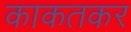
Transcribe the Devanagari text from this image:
काकतकर